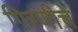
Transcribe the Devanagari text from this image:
गिरणीचे